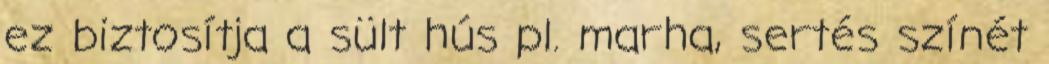
ez biztosítja a sült hús pl. marha, sertés színét